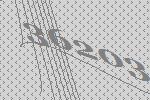
36203